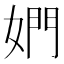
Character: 𰌋